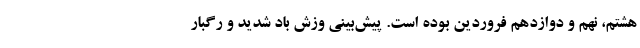
هشتم، نهم و دوازدهم فروردین بوده است. پیش‌بینی وزش باد شدید و رگبار